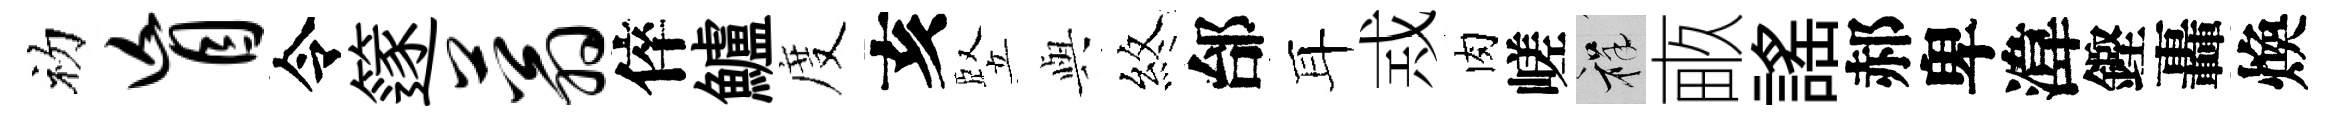
初盲令篴蓊倅鱸度亥竪𫤰煞邰耳𢦶肉嵯祥畞謡郝卑湋鏗轟煥